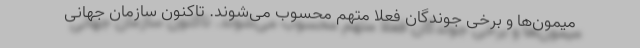
میمون‌ها و برخی جوندگان فعلاً متهم محسوب می‌شوند. تاکنون سازمان جهانی